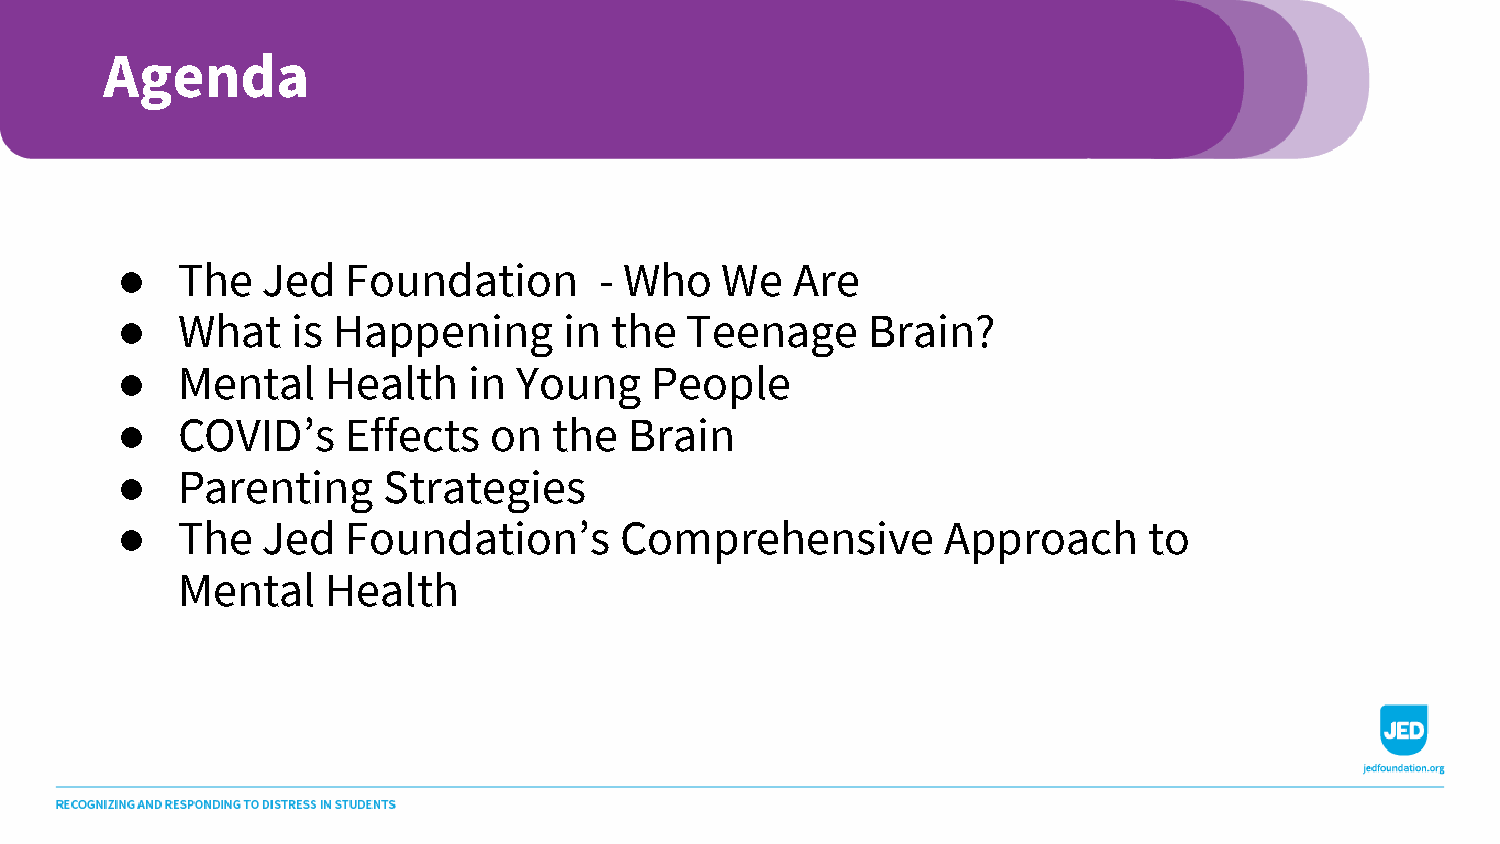
Agenda
 ●   The  Jed   Foundation       - Who   We   Are
 ●   What   is Happening      in the  Teenage     Brain?
 ●   Mental    Health   in Young    People
 ●   COVID’s    Effects  on   the  Brain
 ●   Parenting    Strategies
 ●   The  Jed   Foundation’s      Comprehensive         Approach     to
 Mental    Health